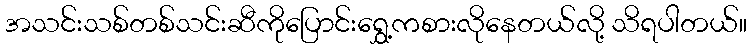
အသင်းသစ်တစ်သင်းဆီကိုပြောင်းရွှေ့ကစားလိုနေတယ်လို့ သိရပါတယ်။